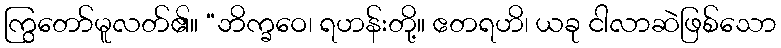
ကြွတော်မူလတ်၏။ “ဘိက္ခဝေ၊ ရဟန်းတို့။ ဧတရဟိ၊ ယခု ငါလာဆဲဖြစ်သော